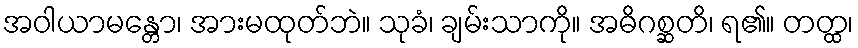
အဝါယာမန္တော၊ အားမထုတ်ဘဲ။ သုခံ၊ ချမ်းသာကို။ အဓိဂစ္ဆတိ၊ ရ၏။ တတ္ထ၊